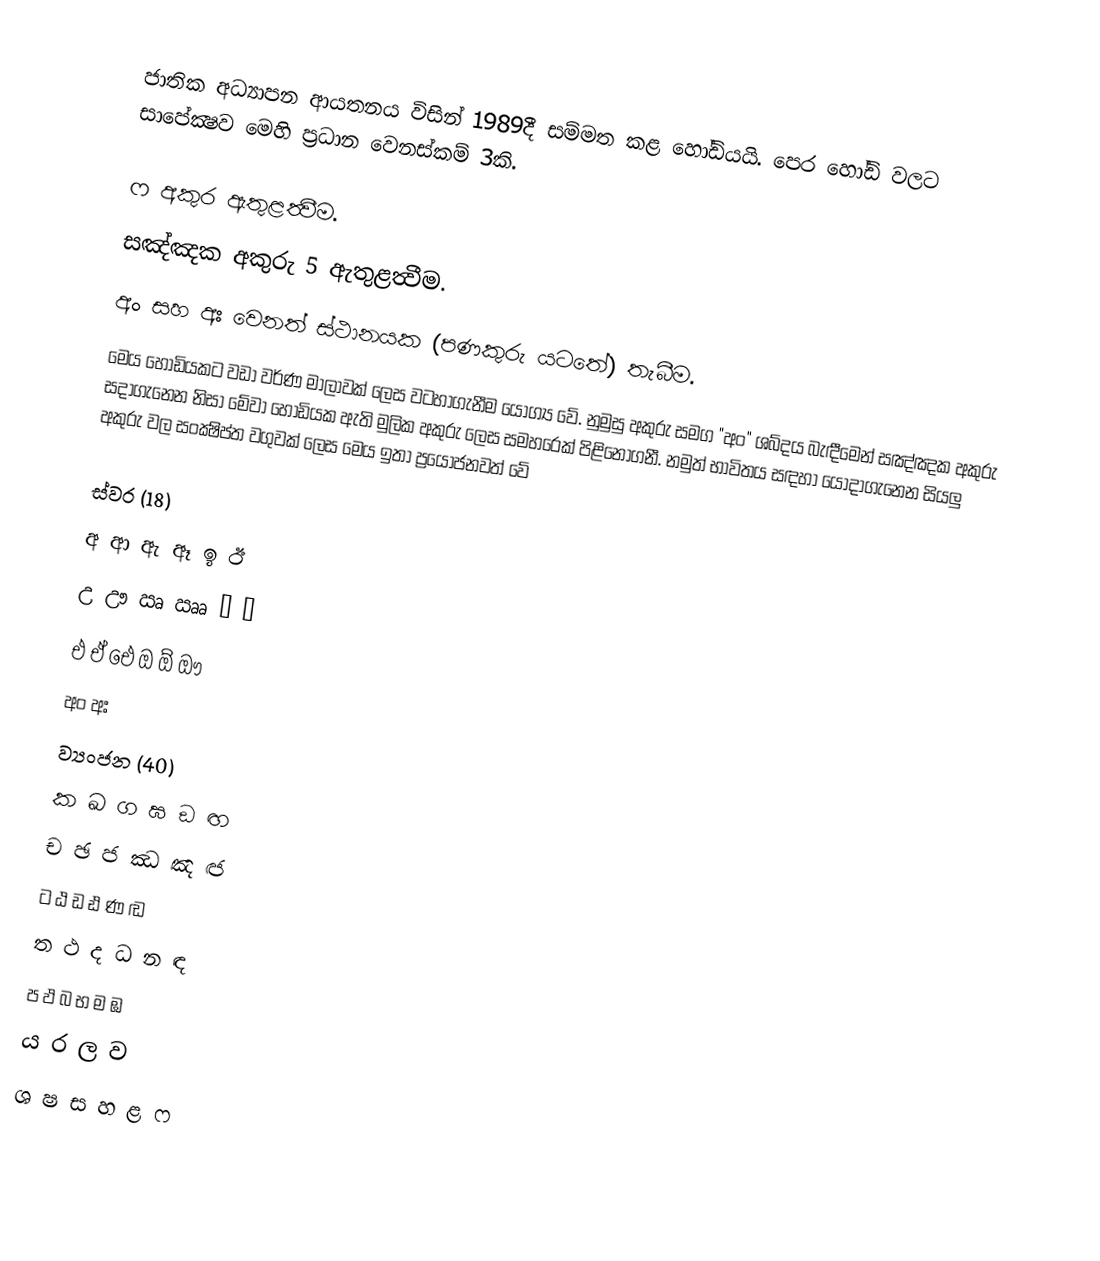
ජාතික අධ්‍යාපන ආයතනය විසින් 1989දී සම්මත කළ හෝඩියයි. පෙර හෝඩි වලට සාපේක්‍ෂව මෙහි ප්‍රධාන වෙනස්කම් 3කි.

ෆ අකුර ඇතුළත්‍වීම.
සඤ්ඤක අකුරු 5 ඇතුළත්‍වීම.
අං සහ අඃ වෙනත් ස්ථානයක (පණකුරු යටතේ) තැබීම.
මෙය හෝඩියකට වඩා වර්ණ මාලාවක් ලෙස වටහාගැනීම යෝග්‍ය වේ. නුමුසු අකුරු සමග "අං" ශබ්දය බැඳීමෙන් සඤ්ඤක අකුරු සදාගැනෙන නිසා මේවා හෝඩියක ඇති මුලික අකුරු ලෙස සමහරෙක් පිළිනොගනී. නමුත් භාවිතය සඳහා යොදාගැනෙන සියලු අකුරු වල සංක්‍ෂිප්ත වගුවක් ලෙස මෙය ඉතා ප්‍රයෝජනවත් වේ

ස්වර (18)
අ	ආ	ඇ	ඈ	ඉ	ඊ
උ	ඌ	ඍ	ඎ	ඏ	ඐ
එ	ඒ	ඓ	ඔ	ඕ	ඖ
අං	අඃ
ව්‍යංජන (40)
ක	ඛ	ග	ඝ	ඞ	ඟ
ච	ඡ	ජ	ඣ	ඤ	ඦ
ට	ඨ	ඩ	ඪ	ණ	ඬ
ත	ථ	ද	ධ	න	ඳ
ප	ඵ	බ	භ	ම	ඹ
ය	ර	ල	ව
ශ	ෂ	ස	හ	ළ	ෆ